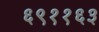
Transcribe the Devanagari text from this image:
६९११६३